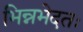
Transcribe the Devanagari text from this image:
भिन्नभेदतः